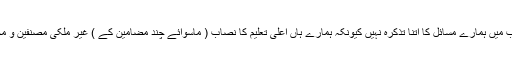
تیسری اہم بات یہ ہے کہ ہمارے تعلیمی نصاب میں ہمارے مسائل کا اتنا تذکرہ نہیں کیونکہ ہمارے ہاں اعلیٰ تعلیم کا نصاب ( ماسوائے چند مضامین کے ) غیر ملکی مصنفین و محققین کا تجویز کردہ اور مرتب کردہ ہوتا ہے۔